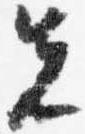
先